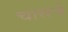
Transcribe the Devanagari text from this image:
चासचे